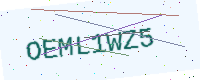
Text: OEML1WZ5